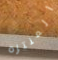
المنتزه